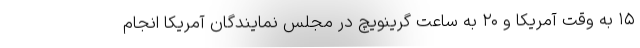
۱۵ به وقت آمریکا و ۲۰ به ساعت گرینویچ در مجلس نمایندگان آمریکا انجام